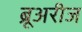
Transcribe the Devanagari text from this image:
ब्रूअरीज